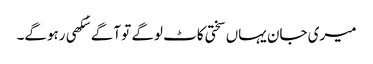
میری جان یہاں سختی کاٹ لوگے تو آگے سُکھی رہوگے۔